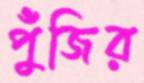
পুঁজির